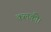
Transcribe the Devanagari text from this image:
कलकी।